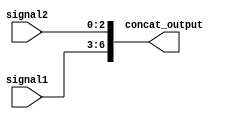
module concat_assign(
    input [3:0] signal1,
    input [2:0] signal2,
    output [6:0] concat_output
);

assign concat_output = {signal1, signal2};

endmodule